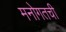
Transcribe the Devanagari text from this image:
मनोगतची